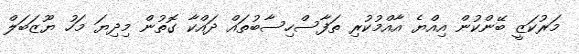
މަރުކަޒީ ބޭންކުން އިއްޔެ އާއްމުކުރި ތަފާސްހިސާބުތައް ދައްކާ ގޮތުން މިދިޔަ މަހު ޔޫޒަބަލް